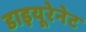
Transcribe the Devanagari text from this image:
डाइयूरेनेट